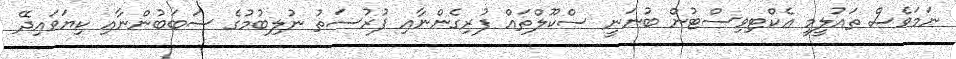
ނަމަވެސް ތައުލީމީ އެކްޓިވިސްޓުން ބުނަނީ ސްކޫލްތައް ފުރިގެންނާއި ފުރުސަތު ނުލިބުމުގެ ސަބަބުންނާއި ކިޔަވައިދޭ